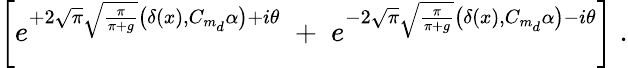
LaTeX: \left[e^{+2\sqrt{\pi}\sqrt{\frac{\pi}{\pi+g}}\big(\delta(x),C_{m_{d}}\alpha\big)+i\theta}\; +\; e^{-2\sqrt{\pi}\sqrt{\frac{\pi}{\pi+g}}\big(\delta(x),C_{m_{d}}\alpha\big)-i\theta}\right]\; .